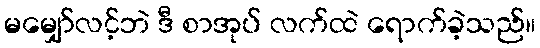
မမျှော်လင့်ဘဲ ဒီ စာအုပ် လက်ထဲ ရောက်ခဲ့သည်။